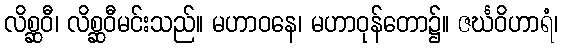
လိစ္ဆဝီ၊ လိစ္ဆဝီမင်းသည်။ မဟာဝနေ၊ မဟာဝုန်တော၌။ ဇင်္ဃဝိဟာရံ၊